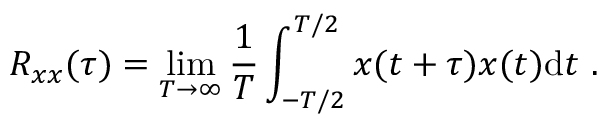
R _ { x x } ( \tau ) = \operatorname* { l i m } _ { T \rightarrow \infty } \frac { 1 } { T } \int _ { - T / 2 } ^ { T / 2 } x ( t + \tau ) x ( t ) \mathrm { d } t \mathrm { ~ . ~ }